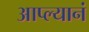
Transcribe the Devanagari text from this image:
आप्ल्यानं